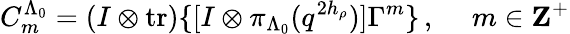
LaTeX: C_{m}^{\Lambda_{0}}=(I\otimes\mathrm{tr})\{ [I\otimes\pi_{\Lambda_{0}}(q^{2h_{\rho}})]\Gamma^{m}\} \, ,~~~~~m\in{\mathbf Z}^{+}